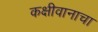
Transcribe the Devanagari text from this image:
कक्षीवानाचा